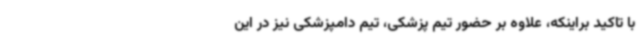
با تاکید براینکه، علاوه بر حضور تیم پزشکی، تیم دامپزشکی نیز در این